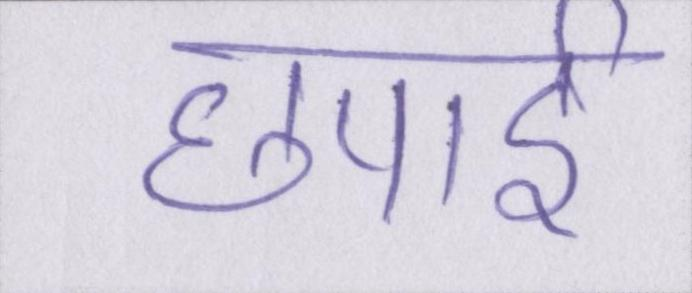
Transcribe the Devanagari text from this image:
छपाई